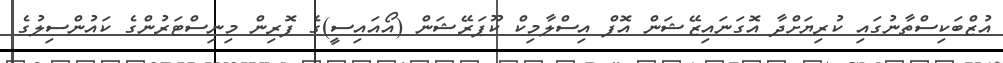
އުޒްބަކިސްތާނުގައި ކުރިޔަށްދާ އޮގަނައިޒޭޝަން އޮފް އިސްލާމިކް ކޫޕަރޭޝަން (އޯއައިސީ)ގެ ފޮރިން މިނިސްޓަރުންގެ ކައުންސިލުގެ